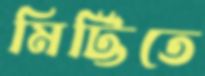
মিট্টিতে